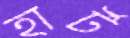
হার্ট